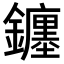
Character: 𨮻